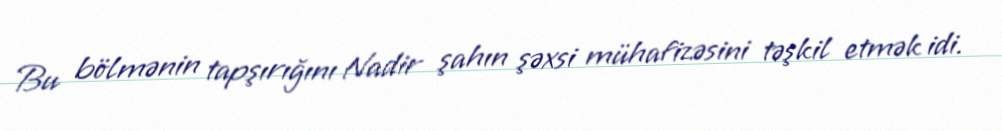
Bu bölmənin tapşırığını Nadir şahın şəxsi mühafizəsini təşkil etmək idi.